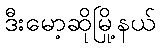
ဒီးမော့ဆိုမြို့နယ်